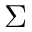
\Sigma